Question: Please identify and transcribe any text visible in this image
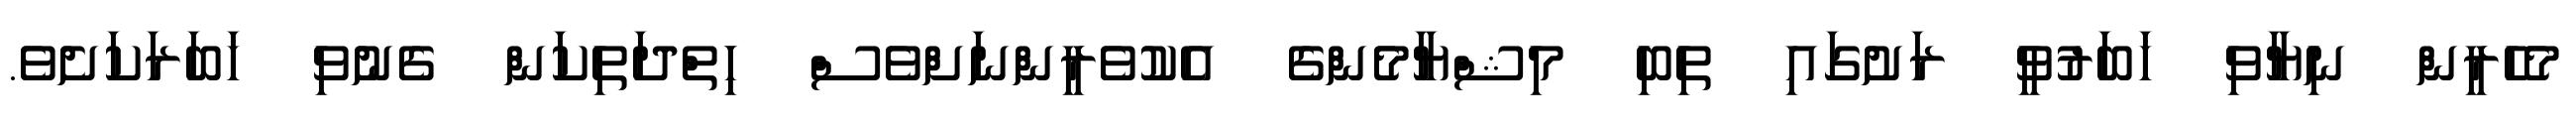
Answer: މެހެރީން ނިޔާވި ޚަބަރުވީ ރަށުގައި ތިބި މިޝްޔާމެންގެ އެކުވެރީންނަށްވެސް ހިތްދަތިކަން ގެނުވި ޚަބަރަކަށެވެ.